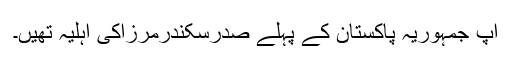
آپ جمہوریہ پاکستان کے پہلے صدرسکندرمرزاکی اہلیہ تھیں۔